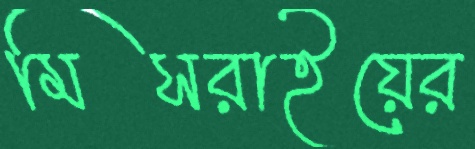
মিসরাইয়ের